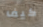
كيف